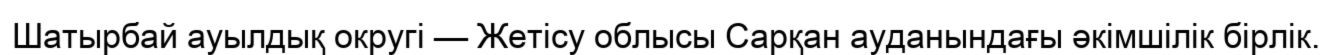
Шатырбай ауылдық округі — Жетісу облысы Сарқан ауданындағы әкімшілік бірлік.